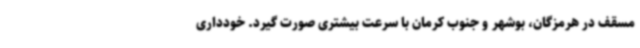
مسقف در هرمزگان، بوشهر و جنوب کرمان با سرعت بیشتری صورت گیرد. خودداری